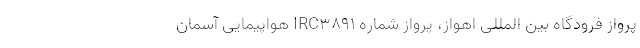
پرواز فرودگاه بین المللی اهواز، پرواز شماره IRC۳۸۹۱ هواپیمایی آسمان